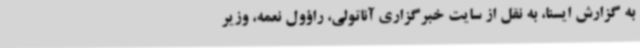
به گزارش ایسنا، به نقل از سایت خبرگزاری آناتولی، راؤول نعمه، وزیر